Medical and sanitary report of the native army of Madras for the year
Year: 1878
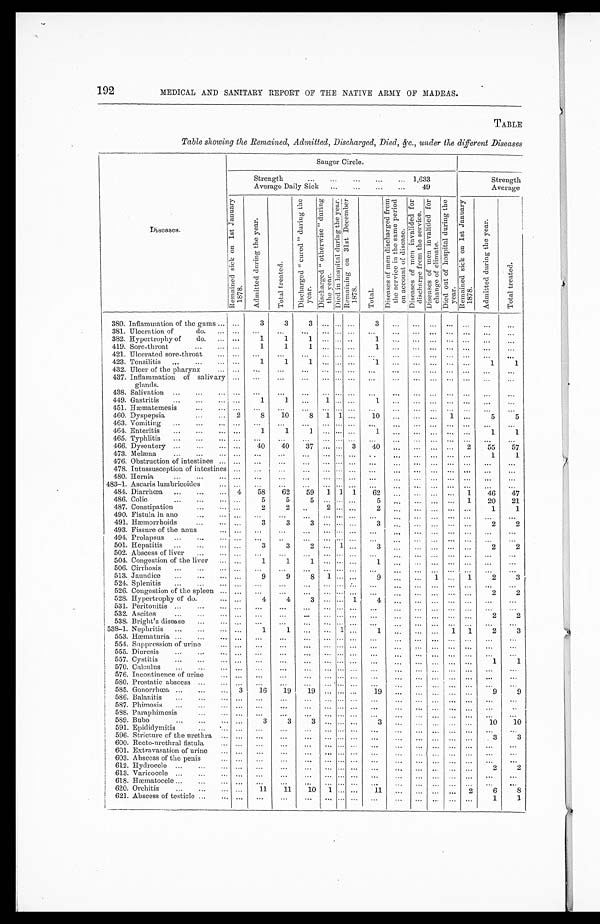
192
MEDICAL AND SANITARY REPORT OF THE NATIVE ARMY OF MADRAS.
TABLE
Table showing the Remained, Admitted, Discharged, Died, &c., under the different Diseases
Diseases.
Saugor Circle.
Strength . . . 1,633
Strength
Average Daily Sick . . .
49
Average
R e m a i n e d s i c k o n 1 s t J a n u a r y 1 8 7 8 .
A d m i t t e d d u r i n g t h e y e a r .
T o t a l t r e a t e d .
D i s c h a r g e d " c u r e d " d u r i n g t h e y e a r .
D i s c h a r g e d " o t h e r w i s e " d u r i n g t h e y e a r .
D i e d i n h o s p i t a l d u r i n g t h e y e a r .
R e m a i n i n g o n 3 1 s t D e c e m b e r 1 8 7 8 .
T o t a l . D i s e a s e s o f m e n d i s c h a r g e d f r o m t h e s e r v i c e i n t h e s a m e p e r i o d o n a c c o u n t o f d i s e a s e .
D i s e a s e s o f m e n i n v a l i d e d f o r d i s c h a r g e f r o m t h e s e r v i c e . D i s e a s e s o f m e n i n v a l i d e d f o r c h a n g e o f c l i m a t e . D i e d o u t o f h o s p i t a l d u r i n g t h e y e a r .
R e m a i n e d s i c k o n 1 s t J a n u a r y 1 8 7 8 .
A d m i t t e d d u r i n g t h e y e a r .
T o t a l t r e a t e d .
380. Inflammation of the gums . . .
. . .
3
3
3
. . .
. . .
. . .
3
. . .. . .
. . .
. . .
. . .
. . .
. . .
381. Ul c e r a t i on of do. . . .
. . .
. . .
. . .
. . .
. . .
. . .
. . .
. . .
. . .
. . .
. . .
. . .
. . .
. . .
. . .
382. Hypertrophy of
do. . . .
. . .
1
1
1
. . .
. . . . . .
1
. . . . . .
. . .
. . .
. . .
. . .
. . .
419. Sore-throat . . .
. . .
1
1
1
. . .
. . .
. . .
1
. . . . . .
. . .
. . .
. . .
. . .
. . .
421. Ulcerated sore-throat . . .
. . .
. . .
. . .
. . .
. . .
. . . . . .
. . .
. . .
. . .
. . .
. . .
. . .
. . .
. . .
423. Tonsilitis
. . .
. . .
1
1
1
. . .
. . .
. . .
1
. . .
. . .
. . .
. . .
. . .
1
1
432. Ulcer of the pharynx . . .
. . .
. . .
. . .
. . .
. . .
. . .
. . .
. . .
. . .
. . .
. . .
. . .
. . .
. . .
. . .
437. Inflammation of salivary
glands.
. . .
. . .
. . .
. . .
. . .
. . .
. . .
. . .
. . .
. . .
. . .
. . .
. . .
. . .
. . .
438. Salivation . . .
. . .
. . .
. . .
. . .
. . .
. . .
. . .
. . .
. . .
. . .
. . .
. . .
. . .
. . .
. . .
449. Gastritis . . .
. . .
1
1
. . .
1
. . .
. . .
1
. . .
. . .
. . .
. . .
. . .
. . .
. . .
451. Hæmatemesis . . .
. . .
. . .
. . .
. . .
. . .
. . .
. . .
. . .
. . .
. . .
. . .
. . .
. . .
. . .
. . .
460. Dyspepsia . . .
2
8
10
8
1
1
. . .
10
. . .
. . .
. . .
1
. . .
5
5
463. Vomiting . . .
. . .
. . .
. . .
. . .
. . .
. . .
. . .
. . .
. . .
. . .
. . .
. . .
. . .
. . .
. . .
464. Enteritis . . .
. . .
1
1
1
. . .
. . .
. . .
1
. . .
. . .
. . .
. . .
. . .
1
1
465. Typhlitis
. . .
. . .
. . .
. . .
. . .
. . .
. . .
. . .
. . .
. . .
. . .
. . .
. . .
. . .
. . .
. . .
466. Dysentery . . .
. . .
40
40
37
. . .
. . . 3
40
. . .
. . .
. . .
. . .
2
55
57
473. Melæna . . .
. . .
. . .
. . .
. . .
. . .
. . .
. . .
. . .
. . .
. . .
. . .
. . .
. . .
1
1
476. Obstruction of intestines . . .
. . .
. . .
. . .
. . .
. . .
. . .
. . .
. . .
. . .
. . .
. . .
. . .
. . .
. . .
. . .
478. Iutussusception of intestines
. . .
. . .
. . .
. . .
. . .
. . .
. . .
. . .
. . .
. . .
. . .
. . .
. . .
. . .
. . .
480. Hernia
. . .
. . .
. . .
. . .
. . .
. . .
. . .
. . .
. . .
. . .
. . .
. . .
. . .
. . .
. . .
. . .
483–1. Ascaris lumbricoides . . .
. . .
. . .
. . .
. . .
. . .
. . .
. . .
. . .
. . .
. . .
. . .
. . .
. . .
. . .
. . .
484. Diarrhœa . . .
4
58
62
59
1
1
1
62
. . .
. . .
. . .
. . .
1
46
47
486. Colic
. . .
. . .
5
5
5
. . .
. . .
. . .
5
. . .
. . .
. . .
. . .
1
20
21
487. Constipation . . .
. . .
2
2
. . .
2
. . .
. . .
2
. . .
. . .
. . .
. . .
. . .
1
1
490. Fistula in ano . . .
. . .
. . .
. . .
. . .
. . .
. . .
. . .
. . .
. . .
. . .
. . .
. . .
. . .
. . .
. . .
491.Hæmorrhoids . . .
. . .
3
3
3
. . .
. . .
. . .
3
. . .
. . .
. . .
. . .
. . .
2
2
493. Fissure of the anus . . .
. . .
. . .
. . .
. . .
. . .
. . .
. . .
. . .
. . .
. . .
. . .
. . .
. . .
. . .
. . .
494. Prolapsus . . .
. . .
. . .
. . .
. . .
. . .
. . .
. . .
. . .
. . .
. . .
. . .
. . .
. . .
. . .
. . .
501. Hepatitis . . .
. . .
3
3
2
. . .
1
. . .
3
. . .
. . .
. . .
. . .
. . .
2
2
502. Abscess of liver . . .
. . .
. . .
. . .
. . .
. . .
. . .
. . .
. . .
. . .
. . .
. . .
. . .
. . .
. . .
. . .
504. Congestion of the liver . . .
. . .
1
1
1
. . .
. . .
. . .
1
. . .
. . .
. . .
. . .
. . .
. . .
. . .
506. Cirrhosis
. . .
. . .
. . .
. . .
. . .
. . .
. . .
. . .
. . .
. . .
. . .
. . .
. . .
. . .
. . .
. . .
513. Jaundice
. . .
. . .
9
9
8
1
. . .
. . .
9
. . .
. . .
1
. . .
1
2
3
524. Splenitis
. . .
. . .
. . .
. . .
. . .
. . .
. . .
. . .
. . .
. . .
. . .
. . .
. . .
. . .
. . .
. . .
526. Congestion of the spleen . . .
. . .
. . .
. . .
. . .
. . .
. . .
. . .
. . .
. . .
. . .
. . .
. . .
. . .
2
2
528. Hypertrophy of do. . . .
. . .
4
4
3
. . .
. . .
1
4
. . .
. . .
. . .
. . .
. . .
. . .
. . .
531. Peritonitis . . .
. . .
. . .
. . .
. . .
. . .
. . .
. . .
. . .
. . .
. . .
. . .
. . .
. . .
. . .
. . .
532. Ascites
. . .
. . .
. . .
. . .
. . .
. . .
. . .
. . .
. . .
. . .
. . .
. . . . . .
. . .
2
2
538. Bright's disease . . .
. . .
. . .
. . .
. . .
. . .
. . .
. . .
. . .
. . .
. . .
. . .
. . .
. . .
. . .
. . .
538–1. Nephritis . . .
. . .
1
1
. . .
. . .
1
. . .
1
. . .
. . .
. . .
1
1
2
3
553. Hæmaturia . . .
. . .
. . .
. . .
. . .
. . .
. . .
. . .
. . .
. . .
. . .
. . .
. . .
. . .
. . .
. . .
554. Suppression of urine . . .
. . .
. . .
. . .
. . .
. . .
. . .
. . .
. . .
. . .
. . .
. . .
. . .
. . .
. . .
. . .
555. Diuresis
. . .
. . .
. . .
. . .
. . .
. . .
. . .
. . .
. . .
. . .
. . .
. . .
. . .
. . .
. . .
. . .
557. Cystitis . . .
. . .
. . .
. . .
. . .
. . .
. . .
. . .
. . .
. . .
. . .
. . .
. . .
. . .
1
1
570. Calculus
. . .
. . .
. . .
. . .
. . .
. . .
. . .
. . .
. . .
. . .
. . .
. . .
. . .
. . .
. . .
. . .
576. Incontinence of urine . . .
. . .
. . .
. . .
. . .
. . .
. . .
. . .
. . .
. . .
. . .
. . .
. . .
. . .
. . .
. . .
580. Prostatic abscess . . .
. . .
. . .
. . .
. . .
. . .
. . .
. . .
. . .
. . .
. . .
. . .
. . .
. . .
. . .
. . .
585. Gonorrhœa . . .
3
16
19
19
. . .
. . .
. . .
19
. . .
. . .
. . .
. . .
. . .
9
9
586. Balanitis
. . .
. . .
. . .
. . .
. . .
. . .
. . .
. . .
. . .
. . .
. . .
. . .
. . .
. . .
. . .
. . .
587. Phimosis . . .
. . .
. . .
. . .
. . .
. . .
. . .
. . .
. . .
. . .
. . .
. . .
. . .
. . .
. . .
. . .
588. Paraphimosis . . .
. . .
. . .
. . .
. . .
. . .
. . .
. . .
. . .
. . .
. . .
. . .
. . .
. . .
. . .
. . .
589. Bubo
. . .
. . .
3
3
3
. . .
. . .
. . .
3
. . .
. . .
. . .
. . .
. . .
10
10
591. Epididymitis . . .
. . .
. . .
. . .
. . .
. . .
. . .
. . .
. . .
. . .
. . .
. . .
. . .
. . .
. . .
. . .
596. Stricture of the urethra . . .
. . .
. . .
. . .
. . .
. . .
. . .
. . .
. . .
. . .
. . .
. . .
. . .
. . .
3
3
600. Recto-urethral fistula . . .
. . .
. . .
. . .
. . .
. . .
. . .
. . .
. . .
. . .
. . .
. . .
. . .
. . .
. . .
. . .
601. Extravasation of urine . . .
. . .
. . .
. . .
. . .
. . .
. . .
. . .
. . .
. . .
. . .
. . .
. . .
. . .
. . .
. . .
603. Abscess of the penis . . .
. . .
. . .
. . .
. . .
. . .
. . .
. . .
. . .
. . .
. . .
. . .
. . .
. . .
. . .
. . .
612. Hydrocele . . .
. . .
. . .
. . .
. . .
. . .
. . .
. . .
. . .
. . .
. . .
. . .
. . .
. . .
2
2
613. Varicocele . . .
. . .
. . .
. . .
. . .
. . .
. . .
. . .
. . .
. . .
. . .
. . .
. . .
. . .
. . .
. . .
618. Hæmatocele . . .
. . .
. . .
. . .
. . .
. . .
. . .
. . .
. . .
. . .
. . .
. . .
. . .
. . .
. . .
. . .
620. Orchitis
. . .
. . .
11
11
10
1
. . .
. . .
11
. . .
. . .
. . .
. . .
2
6
8
621. Abscess of testicle . . .
. . .
. . .
. . .
. . .
. . .
. . .
. . .
. . .
. . .
. . .
. . .
. . .
. . .
1
1